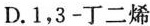
D.1，3-丁二烯